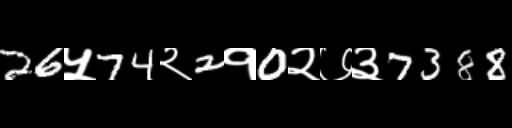
Text: 26५74२2१0२७३7388